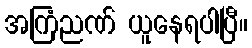
အကြံညဏ် ယူနေရပါပြီ။